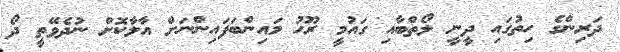
ދަރިންގެ ހިތުގައި ދީނީ ލޯތްބާއި ގައުމީ ރޫހު މައިންބަފައިންނަށް އާލާކޮށް ނުދެވޭތީ ދޯ